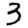
Digit: 3